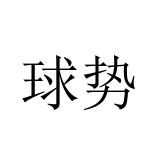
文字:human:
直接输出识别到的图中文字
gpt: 球势